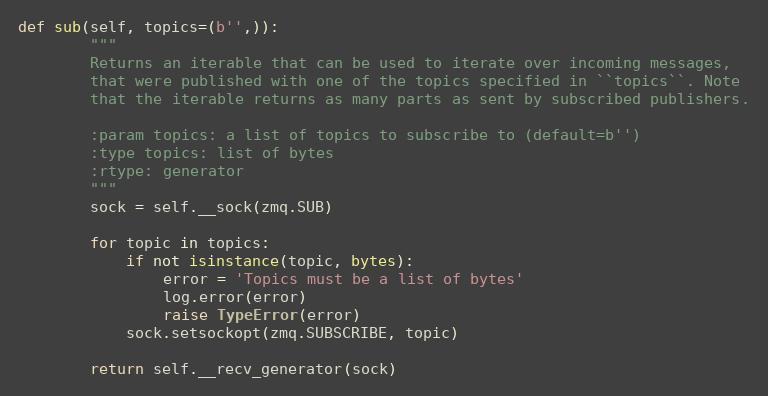
Language: Python
def sub(self, topics=(b'',)):
        """
        Returns an iterable that can be used to iterate over incoming messages,
        that were published with one of the topics specified in ``topics``. Note
        that the iterable returns as many parts as sent by subscribed publishers.

        :param topics: a list of topics to subscribe to (default=b'')
        :type topics: list of bytes
        :rtype: generator
        """
        sock = self.__sock(zmq.SUB)

        for topic in topics:
            if not isinstance(topic, bytes):
                error = 'Topics must be a list of bytes'
                log.error(error)
                raise TypeError(error)
            sock.setsockopt(zmq.SUBSCRIBE, topic)

        return self.__recv_generator(sock)